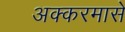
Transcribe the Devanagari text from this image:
अक्करमासे